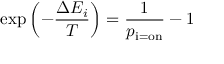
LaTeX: \exp \left( - { \frac { \Delta E _ { i } } { T } } \right) = { \frac { 1 } { p _ { \mathrm { i = o n } } } } - 1